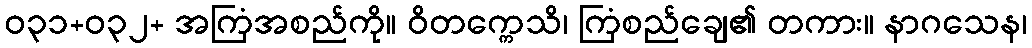
ဝ၃၁+ဝ၃၂+ အကြံအစည်ကို။ ဝိတက္ကေသိ၊ ကြံစည်ချေ၏ တကား။ နာဂသေန၊